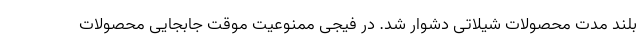
بلند مدت محصولات شیلاتی دشوار شد. در فیجی ممنوعیت موقت جابجایی محصولات